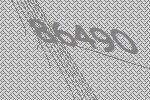
86490